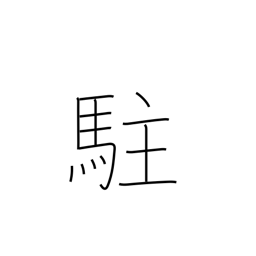
Meaning: reside in